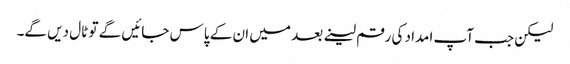
لیکن جب آپ امداد کی رقم لینے بعد میں ان کے پاس جائیں گے تو ٹال دیں گے۔